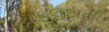
ફૂલદાની